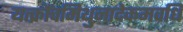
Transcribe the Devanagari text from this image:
यत्क्रौंचमिथुनादेकमवधि